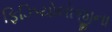
ફિઝિયોલોજીના